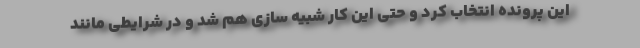
این پرونده انتخاب کرد و حتی این کار شبیه سازی هم شد و در شرایطی مانند